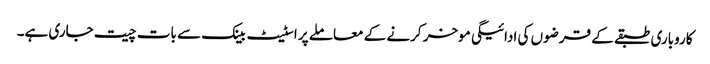
کاروباری طبقے کے قرضوں کی ادائیگی موخر کرنے کے معاملے پر اسٹیٹ بینک سے بات چیت جاری ہے۔